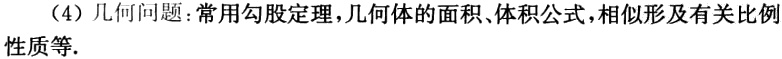
（4）几何问题：常用勾股定理，几何体的面积、体积公式，相似形及有关比例性质等.